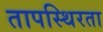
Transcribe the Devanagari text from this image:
तापस्थिरता